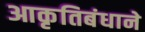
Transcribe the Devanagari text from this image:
आकृतिबंधाने